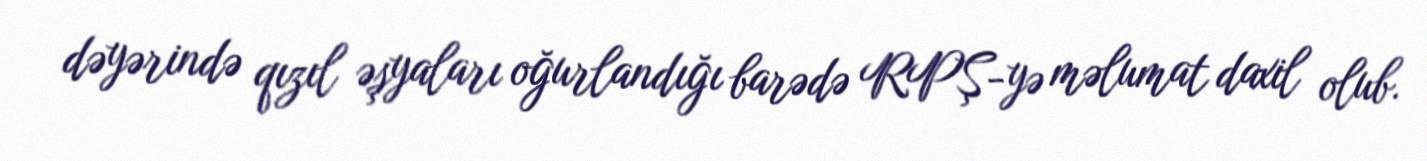
dəyərində qızıl əşyaları oğurlandığı barədə RPŞ-yə məlumat daxil olub.